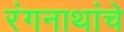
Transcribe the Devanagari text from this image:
रंगनाथांचे